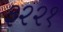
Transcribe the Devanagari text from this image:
३२२१